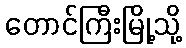
တောင်ကြီးမြို့သို့